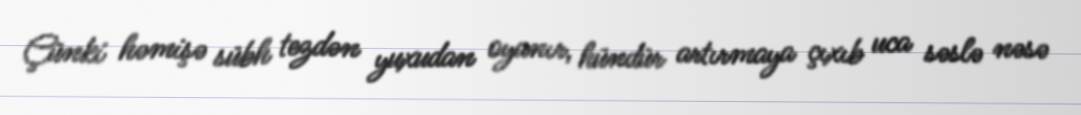
Çünki həmişə sübh tezdən yuxudan oyanır, hündür artırmaya çıxıb uca səslə nəsə